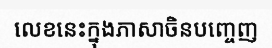
លេខនេះក្នុងភាសាចិនបញ្ចេញ